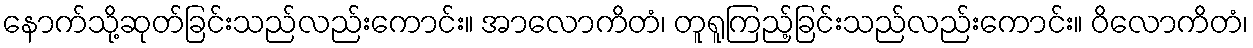
နောက်သို့ဆုတ်ခြင်းသည်လည်းကောင်း။ အာလောကိတံ၊ တူရူကြည့်ခြင်းသည်လည်းကောင်း။ ဝိလောကိတံ၊